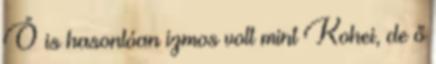
Ő is hasonlóan izmos volt mint Kohei, de ő